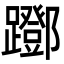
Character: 䠬